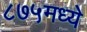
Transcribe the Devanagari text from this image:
८७५मध्ये